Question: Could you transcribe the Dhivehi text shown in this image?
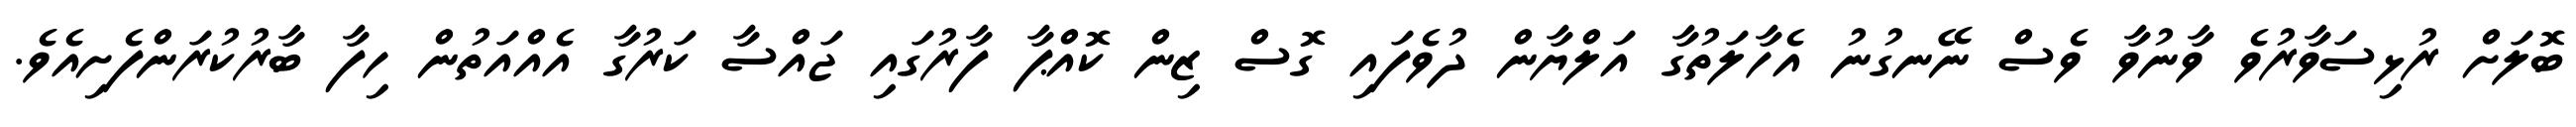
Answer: ބޮލަށް ރުޅިސަވާރުވެ ވާނުވާ ވެސް ނޭނގުނު އެހާލަތުގާ އަލްޔާން ދުވެފައި ގޮސް ޒިން ކޮއްޕާ ފާރުގައި ޖައްސާ ކަރުގާ އެއްއަތުން ހިފާ ބާރުކުރަންފެށިއެވެ.